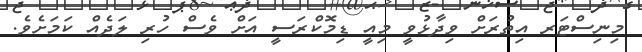
މިނިސްޓަރ އިތުރަށް ވިދާޅުވީ މިއީ ޑިމޮކްރަސީ އަށް ވެސް ހުރި ލަދެއް ކަމަށެވެ.